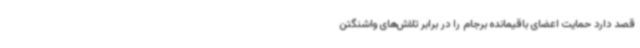
قصد دارد حمایت اعضای باقیمانده برجام را در برابر تلاش‌های واشنگتن